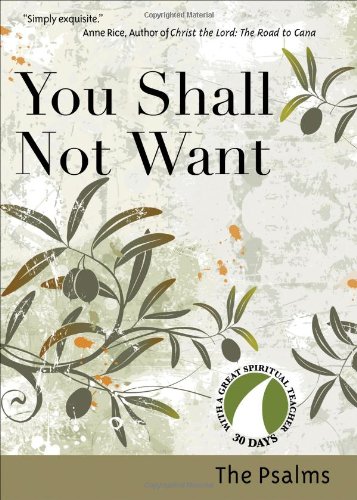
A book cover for You Shall Not Want: The Psalms (30 Days With a Great Spiritual Teacher); Christian Books & Bibles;